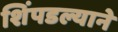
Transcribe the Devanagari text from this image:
शिंपडल्याने